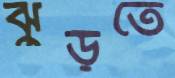
ঝুড়তে